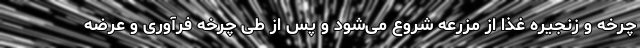
چرخه و زنجیره غذا از مزرعه شروع می‌شود و پس از طی چرخه فرآوری و عرضه